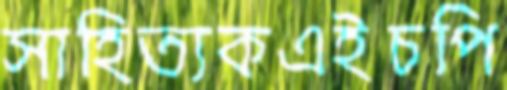
সাহিত্যকএইচপি